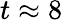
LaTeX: t\approx 8